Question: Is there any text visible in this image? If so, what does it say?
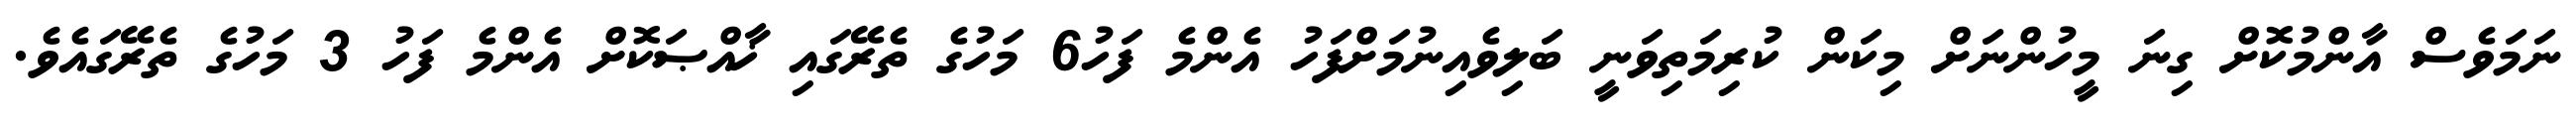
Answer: ނަމަވެސް އާންމުކޮށް ގިނަ މީހުންނަށް މިކަން ކުރިމަތިވަނީ ބަލިވެއިނުމަށްފަހު އެންމެ ފަހު6 މަހުގެ ތެރޭގައި ޚާއްޞަކޮށް އެންމެ ފަހު 3 މަހުގެ ތެރޭގައެވެ.